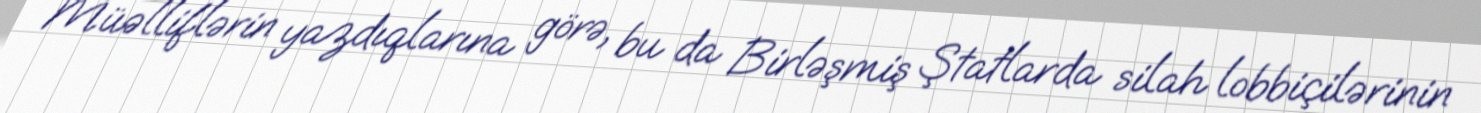
Müəlliflərin yazdıqlarına görə, bu da Birləşmiş Ştatlarda silah lobbiçilərinin